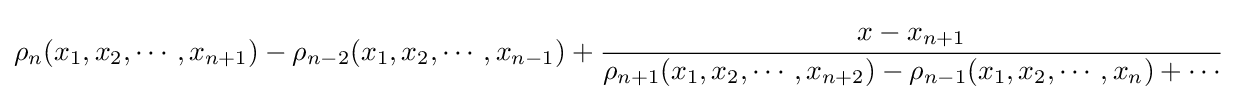
\rho _{n}(x_{1},x_{2},\cdots ,x_{n+1})-\rho _{n-2}(x_{1},x_{2},\cdots ,x_{n-1})+{\cfrac {x-x_{n+1}}{\rho _{n+1}(x_{1},x_{2},\cdots ,x_{n+2})-\rho _{n-1}(x_{1},x_{2},\cdots ,x_{n})+\cdots }}